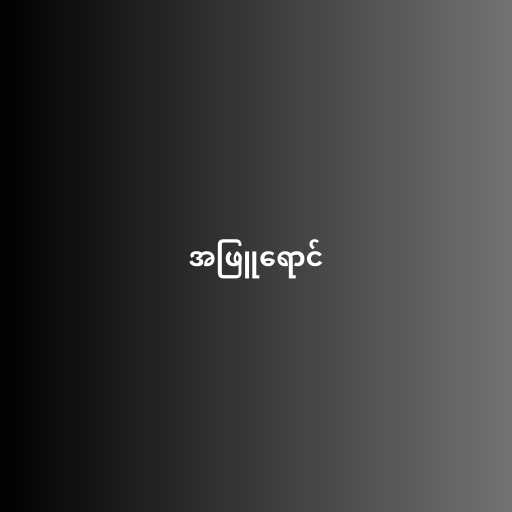
အဖြူရောင်